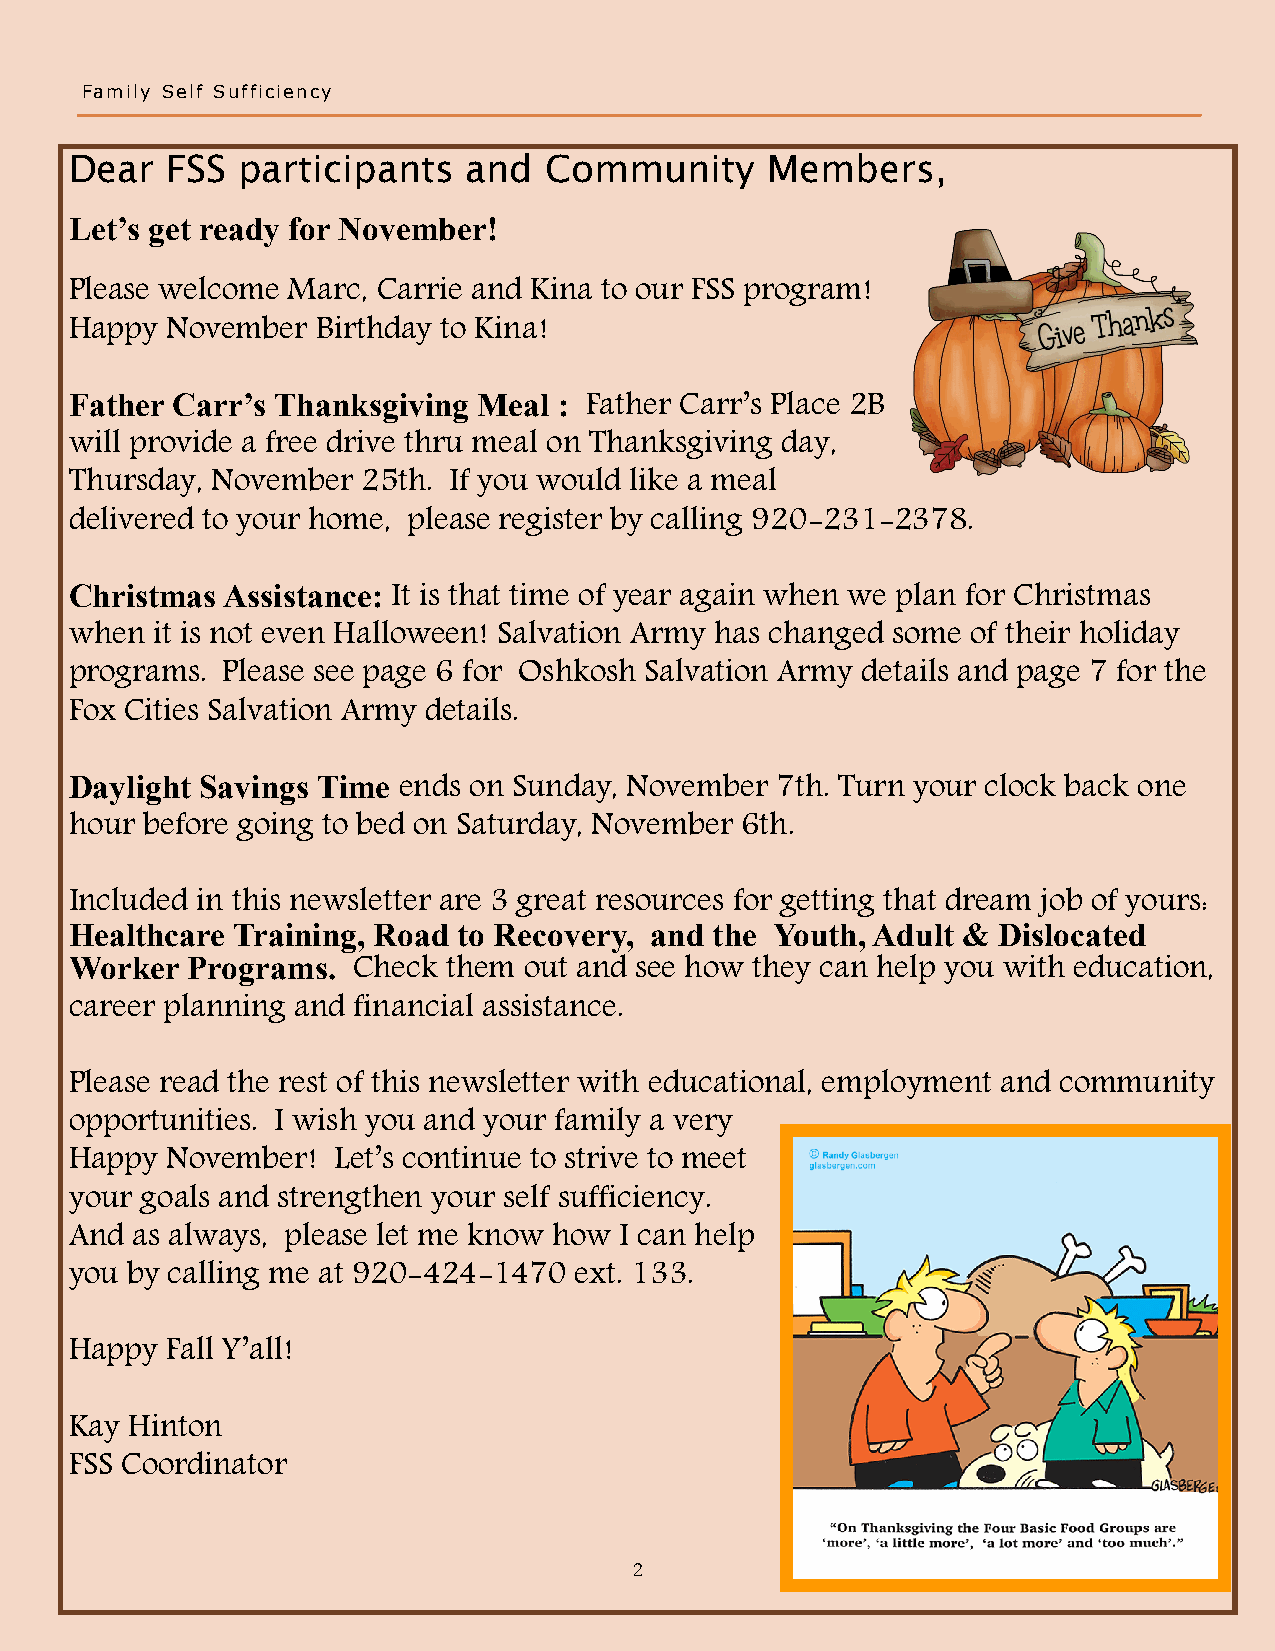
Family Self Sufficiency
 Dear  FSS  participants   and  Community      Members,
 Let’s get ready for November!
 Please welcome Marc, Carrie and Kina to our FSS program!
 Happy November  Birthday to Kina!
 Father Carr’s Thanksgiving Meal :
 Father Carr’s Place 2B
 will provide a free drive thru meal on Thanksgiving day,
 Thursday, November 25th. If you would like a meal
 delivered to your home, please register by calling 920-231-2378.
 Christmas Assistance:
 It is that time of year again when we plan for Christmas
 when it is not even Halloween! Salvation Army has changed some of their holiday
 programs. Please see page 6 for Oshkosh Salvation Army details and page 7 for the
 Fox Cities Salvation Army details.
 Daylight Savings Time
 ends on Sunday, November 7th. Turn your clock back one
 hour before going to bed on Saturday, November 6th.
 Included in this newsletter are 3 great resources for getting that dream job of yours:
 Healthcare Training, Road to Recovery, and the Youth, Adult & Dislocated
 Worker Programs.
 Check  them out and see how they can help you with education,
 career planning and financial assistance.
 Please read the rest of this newsletter with educational, employment and community
 opportunities. I wish you and your family a very
 Happy November!  Let’s continue to strive to meet
 your goals and strengthen your self sufficiency.
 And as always, please let me know how I can help
 you by calling me at 920-424-1470 ext. 133.
 Happy Fall Y’all!
 Kay Hinton
 FSS Coordinator
 2